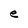
Character: e